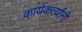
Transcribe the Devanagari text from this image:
कार्यकर्त्यांंनी